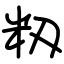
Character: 籾